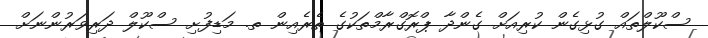
ސްކޫލްތައް ގުޅިގެން ކުރިއަށް ގެންދާ ޕްރޮގްރާމްތަކުގެ ތެރެއިން ތ. މަޑިފުށި ސްކޫލް ދަރިވަރުންނަށް